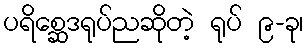
ပရိစ္ဆေဒရုပ်ညဆိုတဲ့ ရုပ် ၉-ခု၊